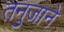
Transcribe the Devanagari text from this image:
तनुजाने